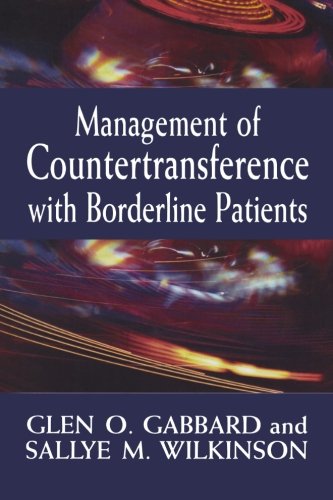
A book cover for Management of Countertransference with Borderline Patients; Glen O. Gabbard; Health, Fitness & Dieting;